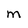
Character: M